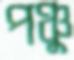
পঞ্চু